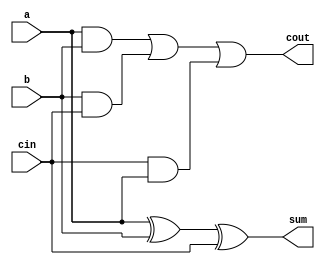
`timescale 1ns / 1ps
//////////////////////////////////////////////////////////////////////////////////
// Company: 
// Engineer: 
// 
// Design Name: 
// Module Name:    full_Adder 
// Project Name: 
// Target Devices: 
// Tool versions: 
// Description: 
//
// Dependencies: 
//
// Revision: 
// Revision 0.01 - File Created
// Additional Comments: 
//
//////////////////////////////////////////////////////////////////////////////////
module full_adder(a, b, cin, sum, cout
    );

   input a;
   input b;
   input cin;
   output sum;
   wire sum;
   output cout;
   wire cout;
	
   assign sum = a^b^cin;
   assign cout = (a & b) | (b & cin) | (cin & a);

endmodule